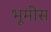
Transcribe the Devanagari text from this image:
भूमीस